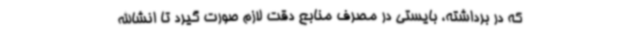
که در برداشته، بایستی در مصرف منابع دقت لازم صورت گیرد تا انشاالله